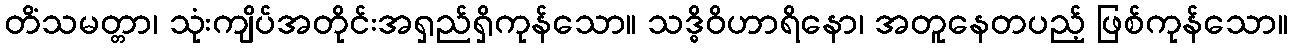
တိံသမတ္တာ၊ သုံးကျိပ်အတိုင်းအရှည်ရှိကုန်သော။ သဒ္ဓိဝိဟာရိနော၊ အတူနေတပည့် ဖြစ်ကုန်သော။